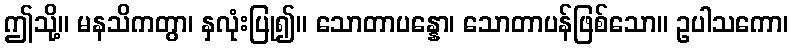
ဤသို့။ မနသိကတွာ၊ နှလုံးပြု၍။ သောတာပန္နော၊ သောတာပန်ဖြစ်သော။ ဥပါသကော၊